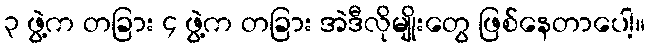
၃ ဖွဲ့က တခြား ၄ ဖွဲ့က တခြား အဲဒီလိုမျိုးတွေ ဖြစ်နေတာပေါ့။